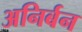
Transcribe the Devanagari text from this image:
अनिर्बन